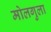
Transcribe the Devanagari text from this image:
मोलगुला